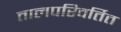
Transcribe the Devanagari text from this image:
तालपरिवर्तित